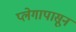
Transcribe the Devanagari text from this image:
प्लेगापासून